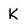
Character: K